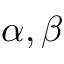
\alpha , \beta